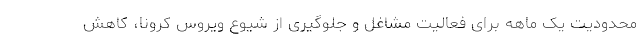
محدودیت یک ماهه برای فعالیت مشاغل و جلوگیری از شیوع ویروس کرونا، کاهش